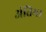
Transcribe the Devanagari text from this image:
अंतिमा